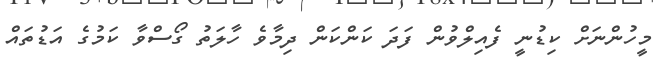
މީހުންނަށް ކިޑުނީ ފެއިލްވުން ފަދަ ކަންކަން ދިމާވެ ހާލަތު ގޯސްވާ ކަމުގެ އަޑުތައް